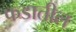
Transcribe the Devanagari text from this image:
फडातील